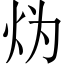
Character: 𱪯